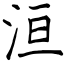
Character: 洹